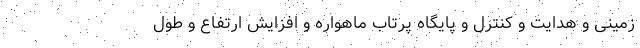
زمینی و هدایت و کنترل و پایگاه پرتاب ماهواره و افزایش ارتفاع و طول